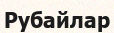
Рубайлар